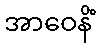
အာဝေနိံ